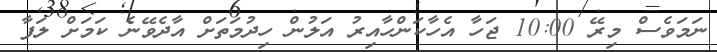
ނަމަވެސް މިރޭ 10:00 ޖަހާ އެހާކަންހާއިރު އަލުން ހިދުމަތަށް އާދެވޭނެ ކަމަށް ލަފާ